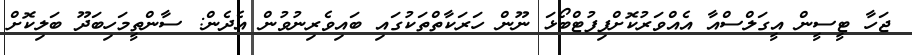
ޖަހާ ޓީސީން އީގަލްސްއާ އެއްވަރުކޮށްފިފުޓްބޯޅަ ނޫން ހަރަކާތްތަކުގައި ބައިވެރިނުވުން އެދެން: ސާންތީމަހިބަދޫ ބަލިކޮށް